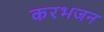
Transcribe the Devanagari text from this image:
करभजन